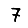
Digit: 7